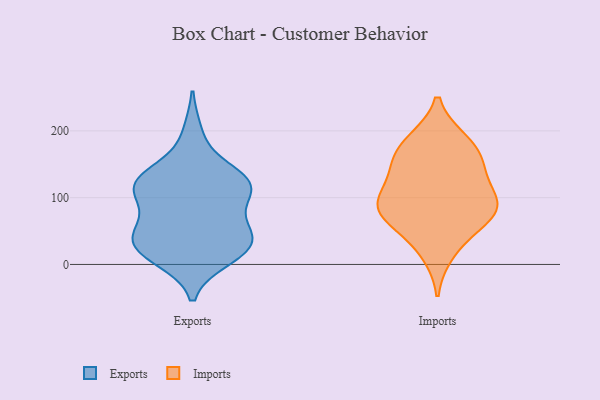
{"axis": {"x": "Bounce Rate (%)", "y": "Value"}, "legend": ["Exports", "Imports"], "data": [{"x": "", "y": 37, "type": "Exports"}, {"x": "", "y": 40, "type": "Exports"}, {"x": "", "y": 114, "type": "Exports"}, {"x": "", "y": 25, "type": "Exports"}, {"x": "", "y": 127, "type": "Exports"}, {"x": "", "y": 20, "type": "Exports"}, {"x": "", "y": 127, "type": "Exports"}, {"x": "", "y": 21, "type": "Exports"}, {"x": "", "y": 123, "type": "Exports"}, {"x": "", "y": 47, "type": "Exports"}, {"x": "", "y": 195, "type": "Exports"}, {"x": "", "y": 54, "type": "Exports"}, {"x": "", "y": 124, "type": "Exports"}, {"x": "", "y": 10, "type": "Exports"}, {"x": "", "y": 108, "type": "Exports"}, {"x": "", "y": 78, "type": "Exports"}, {"x": "", "y": 120, "type": "Exports"}, {"x": "", "y": 153, "type": "Imports"}, {"x": "", "y": 186, "type": "Imports"}, {"x": "", "y": 186, "type": "Imports"}, {"x": "", "y": 79, "type": "Imports"}, {"x": "", "y": 47, "type": "Imports"}, {"x": "", "y": 161, "type": "Imports"}, {"x": "", "y": 93, "type": "Imports"}, {"x": "", "y": 88, "type": "Imports"}, {"x": "", "y": 124, "type": "Imports"}, {"x": "", "y": 80, "type": "Imports"}, {"x": "", "y": 99, "type": "Imports"}, {"x": "", "y": 73, "type": "Imports"}, {"x": "", "y": 146, "type": "Imports"}, {"x": "", "y": 17, "type": "Imports"}]}